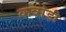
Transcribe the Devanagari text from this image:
कवांडी